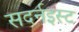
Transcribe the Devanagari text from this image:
सदर्नइस्ट